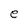
Character: e